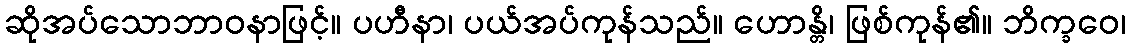
ဆိုအပ်သောဘာဝနာဖြင့်။ ပဟီနာ၊ ပယ်အပ်ကုန်သည်။ ဟောန္တိ၊ ဖြစ်ကုန်၏။ ဘိက္ခဝေ၊